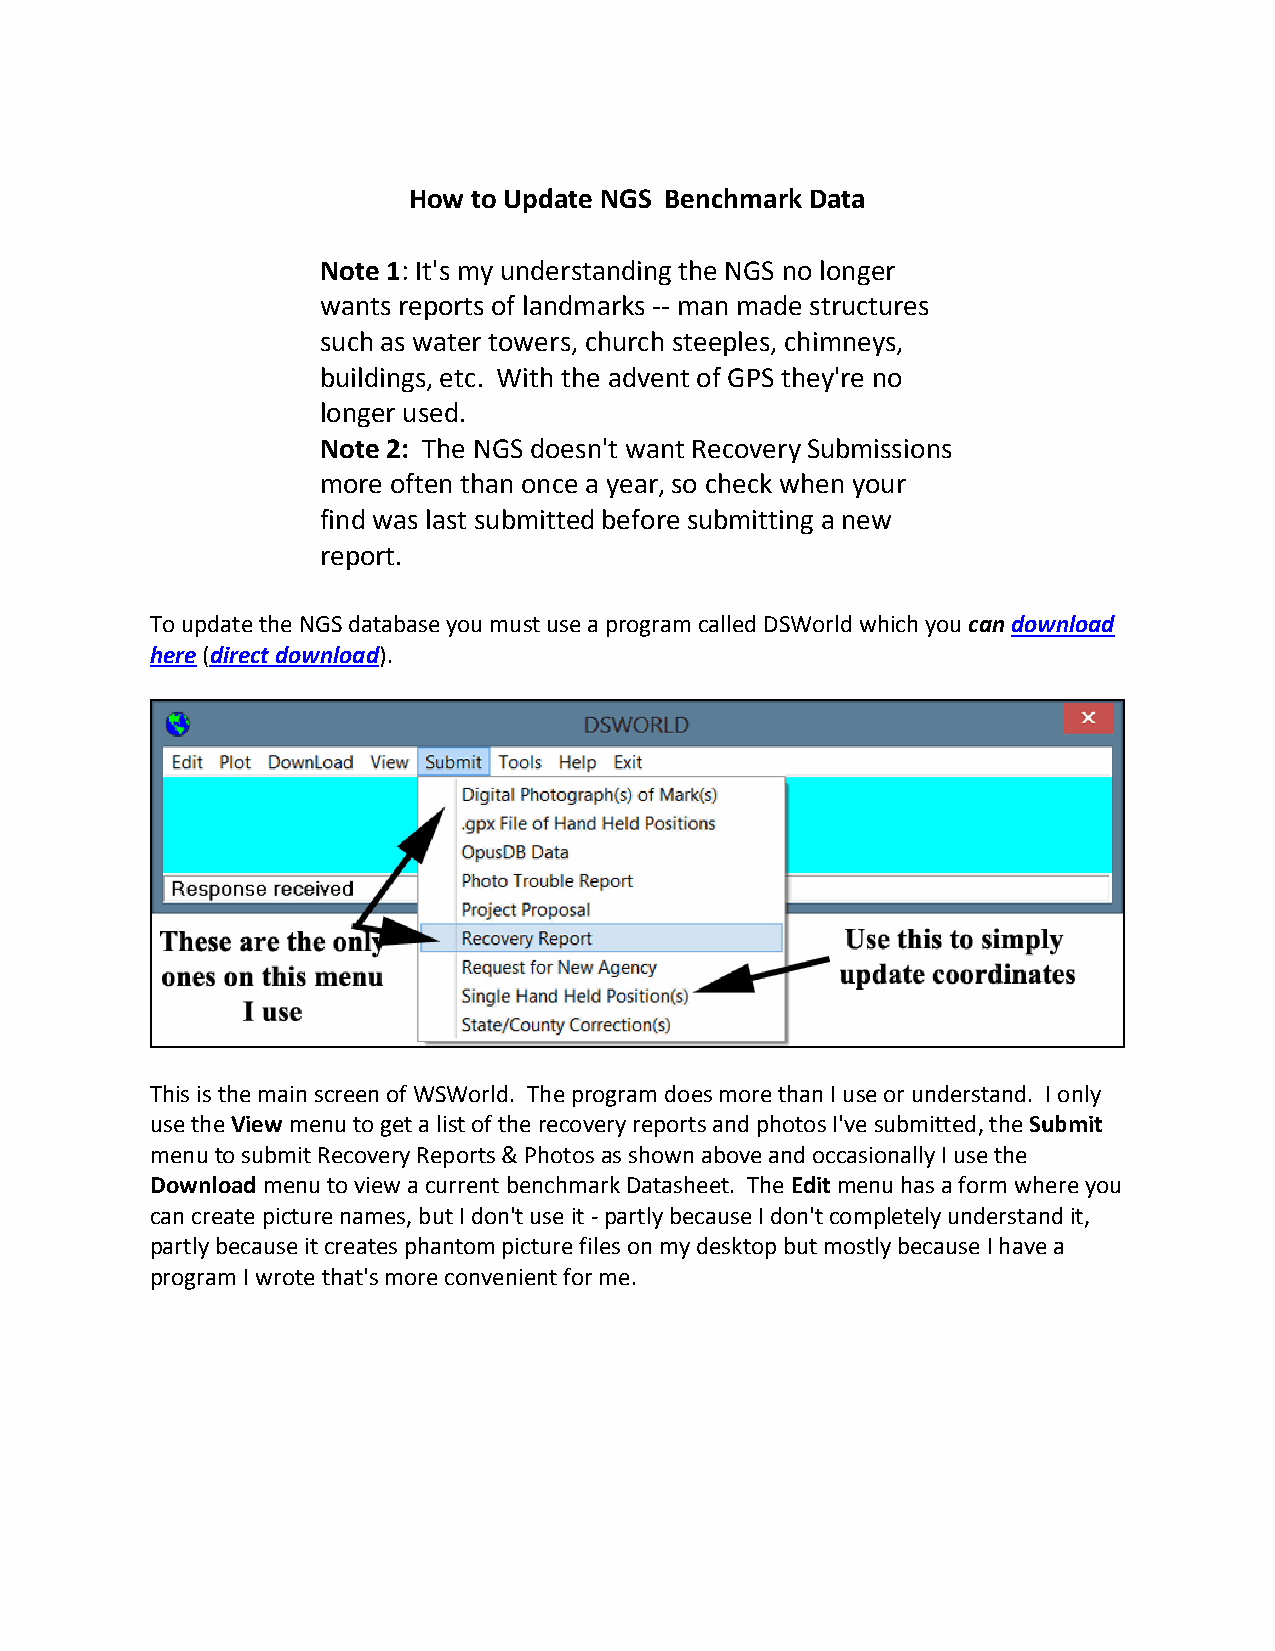
How to Update NGS Benchmark Data
 Note 1: It's my understanding the NGS no longer
 wants reports of landmarks -- man made structures
 such as water towers, church steeples, chimneys,
 buildings, etc. With the advent of GPS they're no
 longer used.
 Note 2: The NGS doesn't want Recovery Submissions
 more often than once a year, so check when your
 find was last submitted before submitting a new
 report.
 To update the NGS database you must use a program called DSWorld which you can download
 here (direct download).
 This is the main screen of WSWorld. The program does more than I use or understand. I only
 use the View menu to get a list of the recovery reports and photos I've submitted, the Submit
 menu to submit Recovery Reports & Photos as shown above and occasionally I use the
 Download menu to view a current benchmark Datasheet. The Edit menu has a form where you
 can create picture names, but I don't use it - partly because I don't completely understand it,
 partly because it creates phantom picture files on my desktop but mostly because I have a
 program I wrote that's more convenient for me.